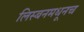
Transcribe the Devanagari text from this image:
लिस्बनमधूनच